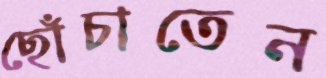
ছোঁচাতেন